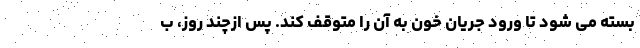
بسته می شود تا ورود جريان خون به آن را متوقف کند. پس ازچند روز، ب